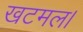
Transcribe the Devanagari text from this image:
खटमल।